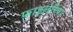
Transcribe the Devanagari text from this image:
फ़ाइलेरिया